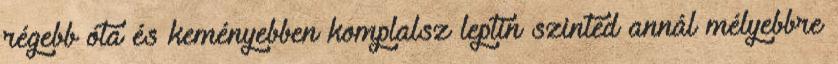
régebb óta és keményebben komplalsz leptin szinted annál mélyebbre